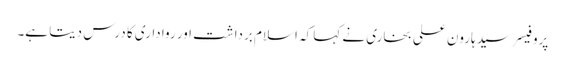
پروفیسر سید ہارون علی بخاری نے کہا کہ اسلام برداشت اور رواداری کا درس دیتا ہے۔